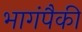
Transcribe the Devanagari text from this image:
भागंपैकी